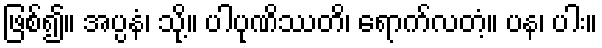
ဖြစ်၍။ အပ္ပနံ၊ သို့။ ပါပုဏိဿတိ၊ ရောက်လတံ့။ ပန၊ ပါး။